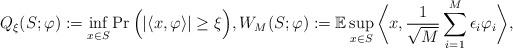
LaTeX: \begin{align*}Q_\xi(S;\varphi):=\inf_{x\in S}\operatorname{Pr}\Big(|\langle x,\varphi\rangle|\geq\xi\Big),W_M(S;\varphi):=\mathbb{E}\sup_{x\in S}\bigg\langle x,\frac{1}{\sqrt{M}}\sum_{i=1}^M\epsilon_i\varphi_i\bigg\rangle,\end{align*}